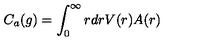
C _ { a } ( g ) = \int _ { 0 } ^ { \infty } r d r V ( r ) A ( r )